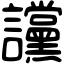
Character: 讜